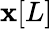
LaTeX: \mathbf{x}[L]